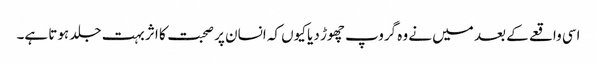
اسی واقعے کے بعد میں نے وہ گروپ چھوڑ دیا کیوں کہ انسان پر صحبت کا اثر بہت جلد ہوتا ہے۔